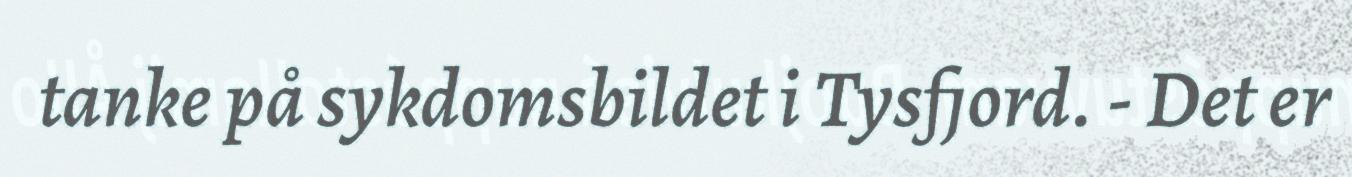
tanke på sykdomsbildet i Tysfjord. - Det er